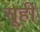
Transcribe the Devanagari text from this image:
सूही